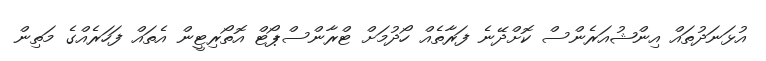
އުޅަނަދުތައް އިންޝުއަރެންސް ކޮށްދޭނެ ފަރާތެއް ހޯދުމަށް ޓްރާންސްޕޯޓް އޮތޯރިޓީން އެތައް ފަހަރެއްގެ މަތިން